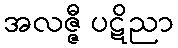
အလဇ္ဇီ ပဋိညာ